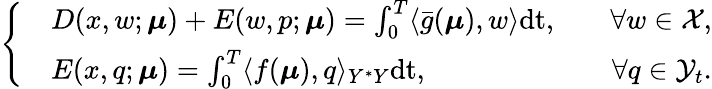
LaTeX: \left\{ \begin{array}{ll}{\begin{array}{rlr}&{D(x,w;\boldsymbol{\mu})+E(w,p;\boldsymbol{\mu})=\int_{0}^{T}\langle\bar{g}(\boldsymbol{\mu}),w\rangle\mathrm{dt},\quad}&{\forall w\in\mathcal{X},}\\ &{E(x,q;\boldsymbol{\mu})=\int_{0}^{T}\langle f(\boldsymbol{\mu}),q\rangle_{Y^{*}Y}\mathrm{dt},\quad}&{\forall q\in\mathcal{Y}_{t}.}\end{array}}\end{array}\right.